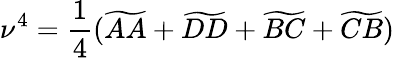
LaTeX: \nu^{4}=\frac{1}{4}(\widetilde{AA}+\widetilde{DD}+\widetilde{BC}+\widetilde{CB})